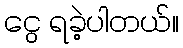
ငွေ ရခဲ့ပါတယ်။